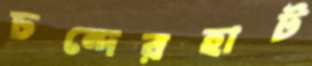
চন্দেরহাট